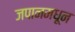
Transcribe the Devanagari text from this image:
जपानमधून